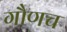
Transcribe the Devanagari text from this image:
गौणच